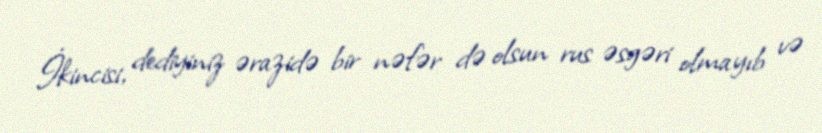
İkincisi, dediyiniz ərazidə bir nəfər də olsun rus əsgəri olmayıb və